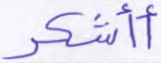
أأشكر